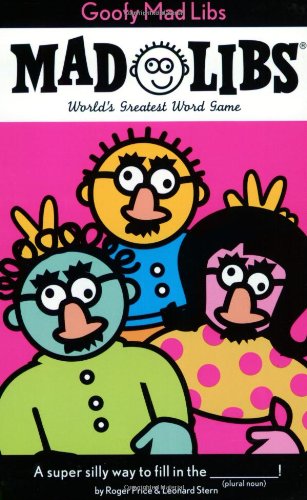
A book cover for Goofy Mad Libs; Roger Price; Children's Books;